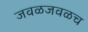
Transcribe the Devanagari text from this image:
जवळजवळच